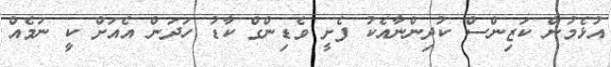
އުޅެމުން ކަޒިންސް ކުދިންނާއެކު ފެށީ ވެޑިންގް ކާޑު ހަދަން އެއަށް ކިީ ނަމެއް